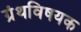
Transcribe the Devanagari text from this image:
ग्रंथविषयक